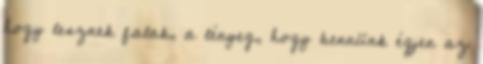
hogy lesznek falak, a lényeg, hogy bennünk égjen az